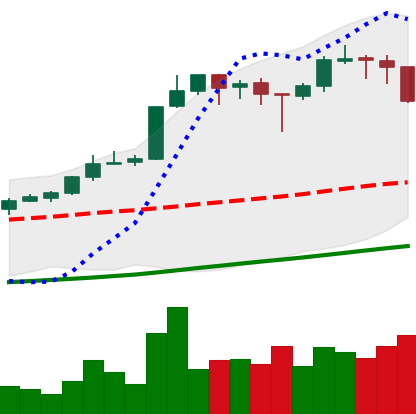
Ticker: BTC-USD
Chart end date: 2017-10-24
Forward return: 11.349%
Label: up_7plus